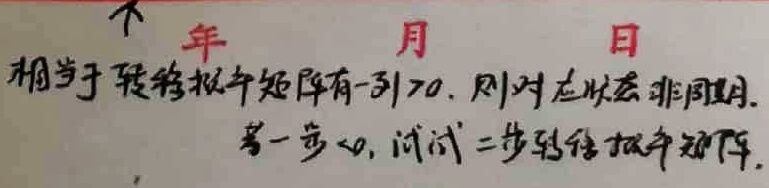
年 月 日相当于转移概率矩阵有一列全为0，则对应状态非周期。若一步为0，试试二步转移概率矩阵。